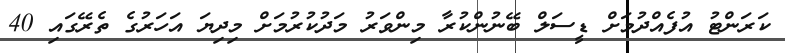
ކަރަންޓު އުފެއްދުމަށް ޑީސަލް ބޭނުންކުރާ މިންވަރު މަދުކުރުމަށް މިދިޔަ އަހަރުގެ ތެރޭގައި 40